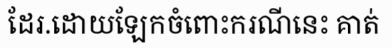
ដែរ.ដោយឡែកចំពោះករណីនេះ គាត់